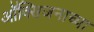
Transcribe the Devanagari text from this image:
ऑक्सिजनाच्या